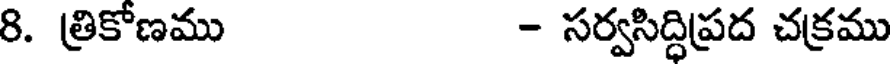
8. త్రికోణము - సర్వసిద్ధిప్రద చక్రము